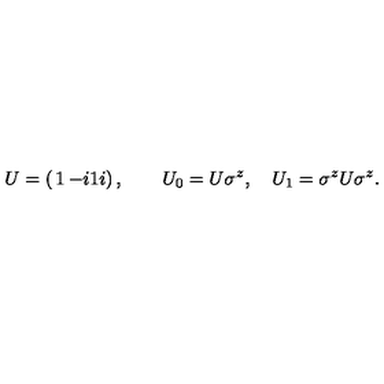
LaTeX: U = \left( \begin{matrix} { 1 } & { - i } \\ { 1 } & { i } \\ \end{matrix} \right) , \qquad U _ { 0 } = U \sigma ^ { z } , \quad U _ { 1 } = \sigma ^ { z } U \sigma ^ { z } .